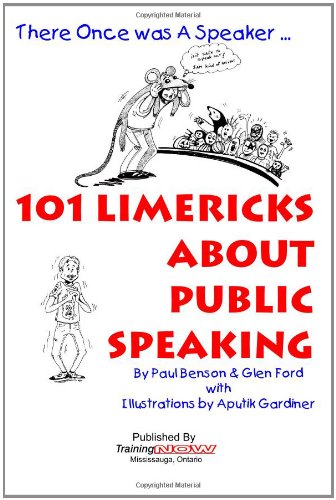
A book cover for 101 Limericks About Public Speaking: There Once Was A Speaker ...; Paul Benson; Humor & Entertainment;